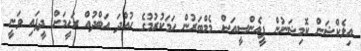
އިލެކްޝަން ކޮމިޝަނުން ޕީއެންސީއަސް މެމްބަރުން ހަމަކުރުމުގެ ހުއްދަ އަބްދުއް ރަހީމަށް ދީފައި ވަނީ